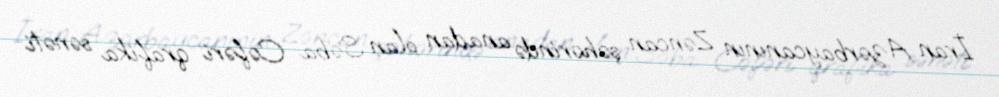
İran Azərbaycanının Zəncan şəhərində anadan olan Səba Cəfəri qrafika sənəti